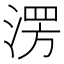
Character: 𣸤